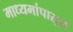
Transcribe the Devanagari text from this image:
माध्यमांपासून